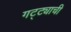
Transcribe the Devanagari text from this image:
गट्ट्याची